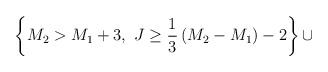
LaTeX: \begin{align*}\left\{M_2>M_1+3,~J\ge {1\over 3}\left(M_2-M_1\right)-2\right\}\cup\end{align*}